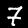
Label: 7